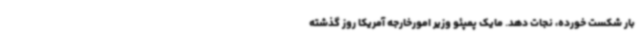
بار شکست خورده، نجات دهد. مایک پمپئو وزیر امورخارجه آمریکا روز گذشته